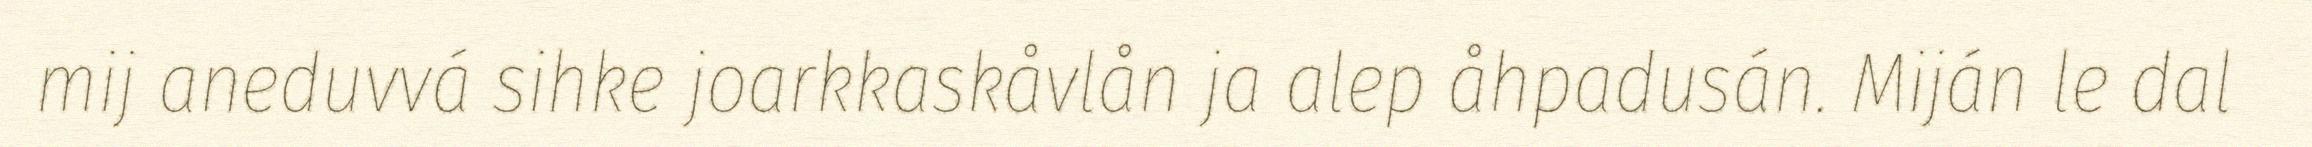
mij aneduvvá sihke joarkkaskåvlån ja alep åhpadusán. Miján le dal